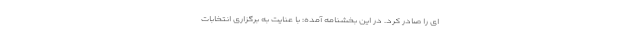
ای را صادر کرد. در این بخشنامه آمده: با عنایت به برگزاری انتخابات